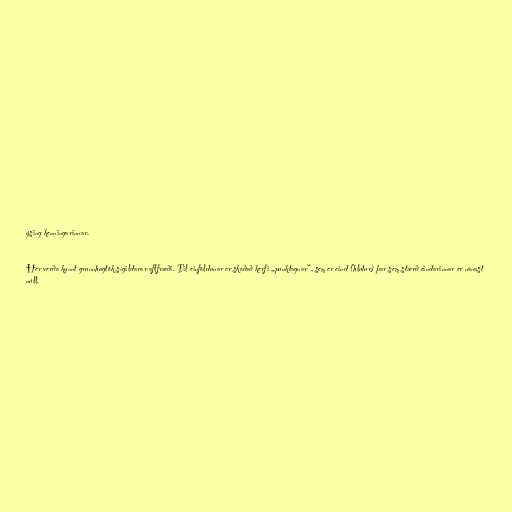
ýsing kenningarinnar.

Hér verða kynnt grunnhugtök sígildarar aflfræði. Til einföldunar er skoðað kerfi „punktagnar“, sem er eind (hlutur) þar sem stærð eindarinnar er nánast
núll.